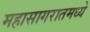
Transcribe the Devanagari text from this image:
महासागरातमध्ये